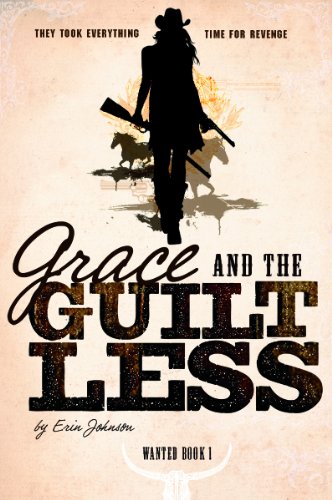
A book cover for Grace and the Guiltless (Wanted); Erin Johnson; Teen & Young Adult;